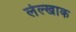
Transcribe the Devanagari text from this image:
लेल्खाक